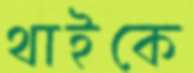
থাইকে